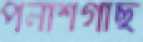
পলাশগাছ